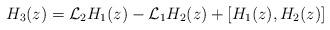
LaTeX: \begin{align*}H_{3}(z)={\cal L}_{2}H_{1}(z)-{\cal L}_{1}H_{2}(z)+[H_{1}(z),H_{2}(z)]\end{align*}